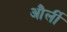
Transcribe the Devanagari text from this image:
और्ली